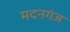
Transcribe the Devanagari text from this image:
मदनगंज